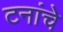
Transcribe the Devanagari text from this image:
टनांचे